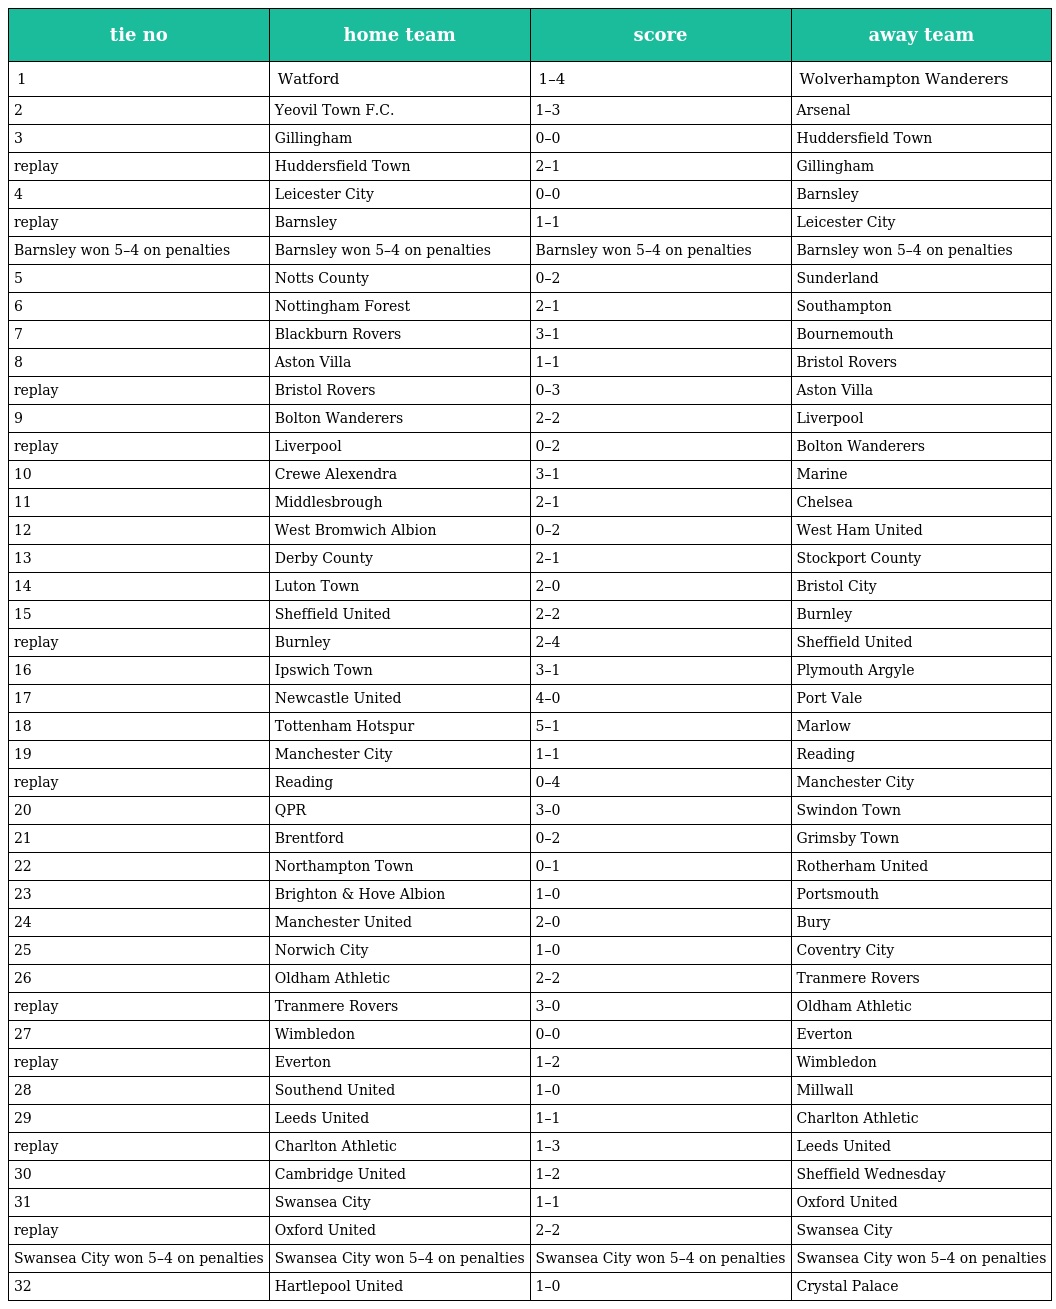
| tie no | home team | score | away team |
 | --- | --- | --- | --- |
 | 1 | Watford | 1–4 | Wolverhampton Wanderers |
 | 2 | Yeovil Town F.C. | 1–3 | Arsenal |
 | 3 | Gillingham | 0–0 | Huddersfield Town |
 | replay | Huddersfield Town | 2–1 | Gillingham |
 | 4 | Leicester City | 0–0 | Barnsley |
 | replay | Barnsley | 1–1 | Leicester City |
 | Barnsley won 5–4 on penalties | Barnsley won 5–4 on penalties | Barnsley won 5–4 on penalties | Barnsley won 5–4 on penalties |
 | 5 | Notts County | 0–2 | Sunderland |
 | 6 | Nottingham Forest | 2–1 | Southampton |
 | 7 | Blackburn Rovers | 3–1 | Bournemouth |
 | 8 | Aston Villa | 1–1 | Bristol Rovers |
 | replay | Bristol Rovers | 0–3 | Aston Villa |
 | 9 | Bolton Wanderers | 2–2 | Liverpool |
 | replay | Liverpool | 0–2 | Bolton Wanderers |
 | 10 | Crewe Alexendra | 3–1 | Marine |
 | 11 | Middlesbrough | 2–1 | Chelsea |
 | 12 | West Bromwich Albion | 0–2 | West Ham United |
 | 13 | Derby County | 2–1 | Stockport County |
 | 14 | Luton Town | 2–0 | Bristol City |
 | 15 | Sheffield United | 2–2 | Burnley |
 | replay | Burnley | 2–4 | Sheffield United |
 | 16 | Ipswich Town | 3–1 | Plymouth Argyle |
 | 17 | Newcastle United | 4–0 | Port Vale |
 | 18 | Tottenham Hotspur | 5–1 | Marlow |
 | 19 | Manchester City | 1–1 | Reading |
 | replay | Reading | 0–4 | Manchester City |
 | 20 | QPR | 3–0 | Swindon Town |
 | 21 | Brentford | 0–2 | Grimsby Town |
 | 22 | Northampton Town | 0–1 | Rotherham United |
 | 23 | Brighton & Hove Albion | 1–0 | Portsmouth |
 | 24 | Manchester United | 2–0 | Bury |
 | 25 | Norwich City | 1–0 | Coventry City |
 | 26 | Oldham Athletic | 2–2 | Tranmere Rovers |
 | replay | Tranmere Rovers | 3–0 | Oldham Athletic |
 | 27 | Wimbledon | 0–0 | Everton |
 | replay | Everton | 1–2 | Wimbledon |
 | 28 | Southend United | 1–0 | Millwall |
 | 29 | Leeds United | 1–1 | Charlton Athletic |
 | replay | Charlton Athletic | 1–3 | Leeds United |
 | 30 | Cambridge United | 1–2 | Sheffield Wednesday |
 | 31 | Swansea City | 1–1 | Oxford United |
 | replay | Oxford United | 2–2 | Swansea City |
 | Swansea City won 5–4 on penalties | Swansea City won 5–4 on penalties | Swansea City won 5–4 on penalties | Swansea City won 5–4 on penalties |
 | 32 | Hartlepool United | 1–0 | Crystal Palace |